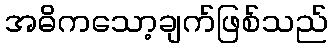
အဓိကသော့ချက်ဖြစ်သည်